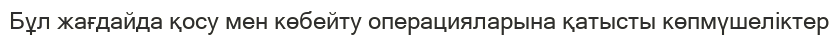
Бұл жағдайда қосу мен көбейту операцияларына қатысты көпмүшеліктер